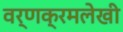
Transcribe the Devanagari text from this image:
वर्णक्रमलेखी